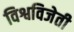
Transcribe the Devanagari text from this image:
विश्वविजेती